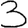
Digit: 3